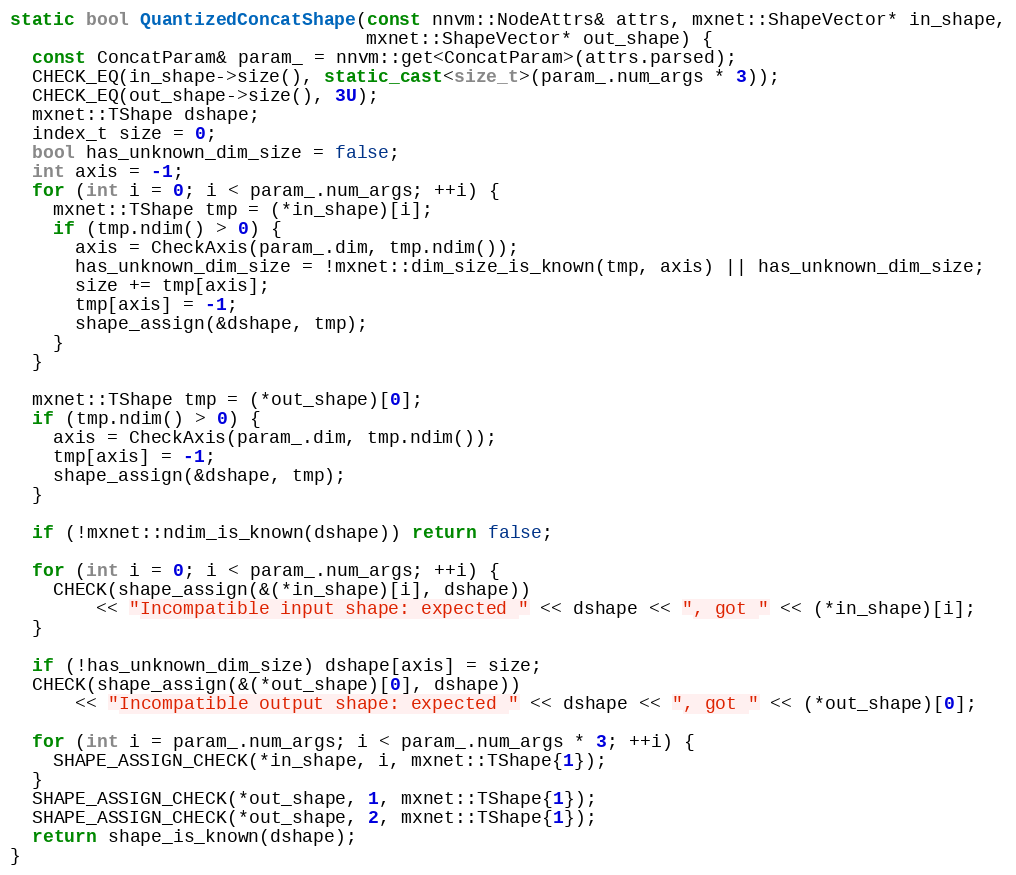
Language: C++
static bool QuantizedConcatShape(const nnvm::NodeAttrs& attrs, mxnet::ShapeVector* in_shape,
                                 mxnet::ShapeVector* out_shape) {
  const ConcatParam& param_ = nnvm::get<ConcatParam>(attrs.parsed);
  CHECK_EQ(in_shape->size(), static_cast<size_t>(param_.num_args * 3));
  CHECK_EQ(out_shape->size(), 3U);
  mxnet::TShape dshape;
  index_t size = 0;
  bool has_unknown_dim_size = false;
  int axis = -1;
  for (int i = 0; i < param_.num_args; ++i) {
    mxnet::TShape tmp = (*in_shape)[i];
    if (tmp.ndim() > 0) {
      axis = CheckAxis(param_.dim, tmp.ndim());
      has_unknown_dim_size = !mxnet::dim_size_is_known(tmp, axis) || has_unknown_dim_size;
      size += tmp[axis];
      tmp[axis] = -1;
      shape_assign(&dshape, tmp);
    }
  }

  mxnet::TShape tmp = (*out_shape)[0];
  if (tmp.ndim() > 0) {
    axis = CheckAxis(param_.dim, tmp.ndim());
    tmp[axis] = -1;
    shape_assign(&dshape, tmp);
  }

  if (!mxnet::ndim_is_known(dshape)) return false;

  for (int i = 0; i < param_.num_args; ++i) {
    CHECK(shape_assign(&(*in_shape)[i], dshape))
        << "Incompatible input shape: expected " << dshape << ", got " << (*in_shape)[i];
  }

  if (!has_unknown_dim_size) dshape[axis] = size;
  CHECK(shape_assign(&(*out_shape)[0], dshape))
      << "Incompatible output shape: expected " << dshape << ", got " << (*out_shape)[0];

  for (int i = param_.num_args; i < param_.num_args * 3; ++i) {
    SHAPE_ASSIGN_CHECK(*in_shape, i, mxnet::TShape{1});
  }
  SHAPE_ASSIGN_CHECK(*out_shape, 1, mxnet::TShape{1});
  SHAPE_ASSIGN_CHECK(*out_shape, 2, mxnet::TShape{1});
  return shape_is_known(dshape);
}